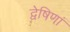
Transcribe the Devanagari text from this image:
द्वेषिणां